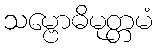
သမ္ဗောဓိမုတ္တမံ